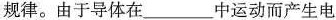
规律。由于导体在___中运动而产生电